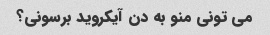
می تونی منو به دن آیکروید برسونی؟